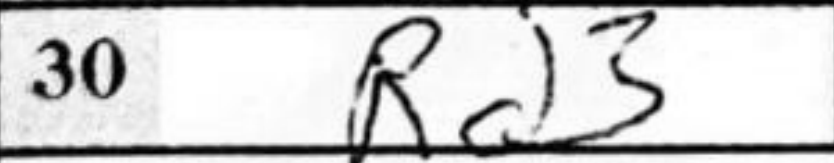
Transcription: Rd3